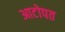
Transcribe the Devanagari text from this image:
आटोपत